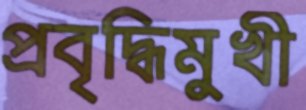
প্রবৃদ্ধিমুখী